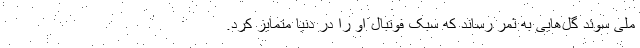
ملی سوئد گل‌هایی به ثمر رساند که سبک فوتبال او را در دنیا متمایز کرد.